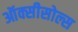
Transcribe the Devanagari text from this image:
ऑक्सीसोल्स